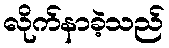
လိုက်နာခဲ့သည်